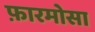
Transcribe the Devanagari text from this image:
फ़ारमोसा